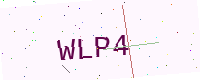
Text: WLP4